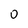
Character: 0